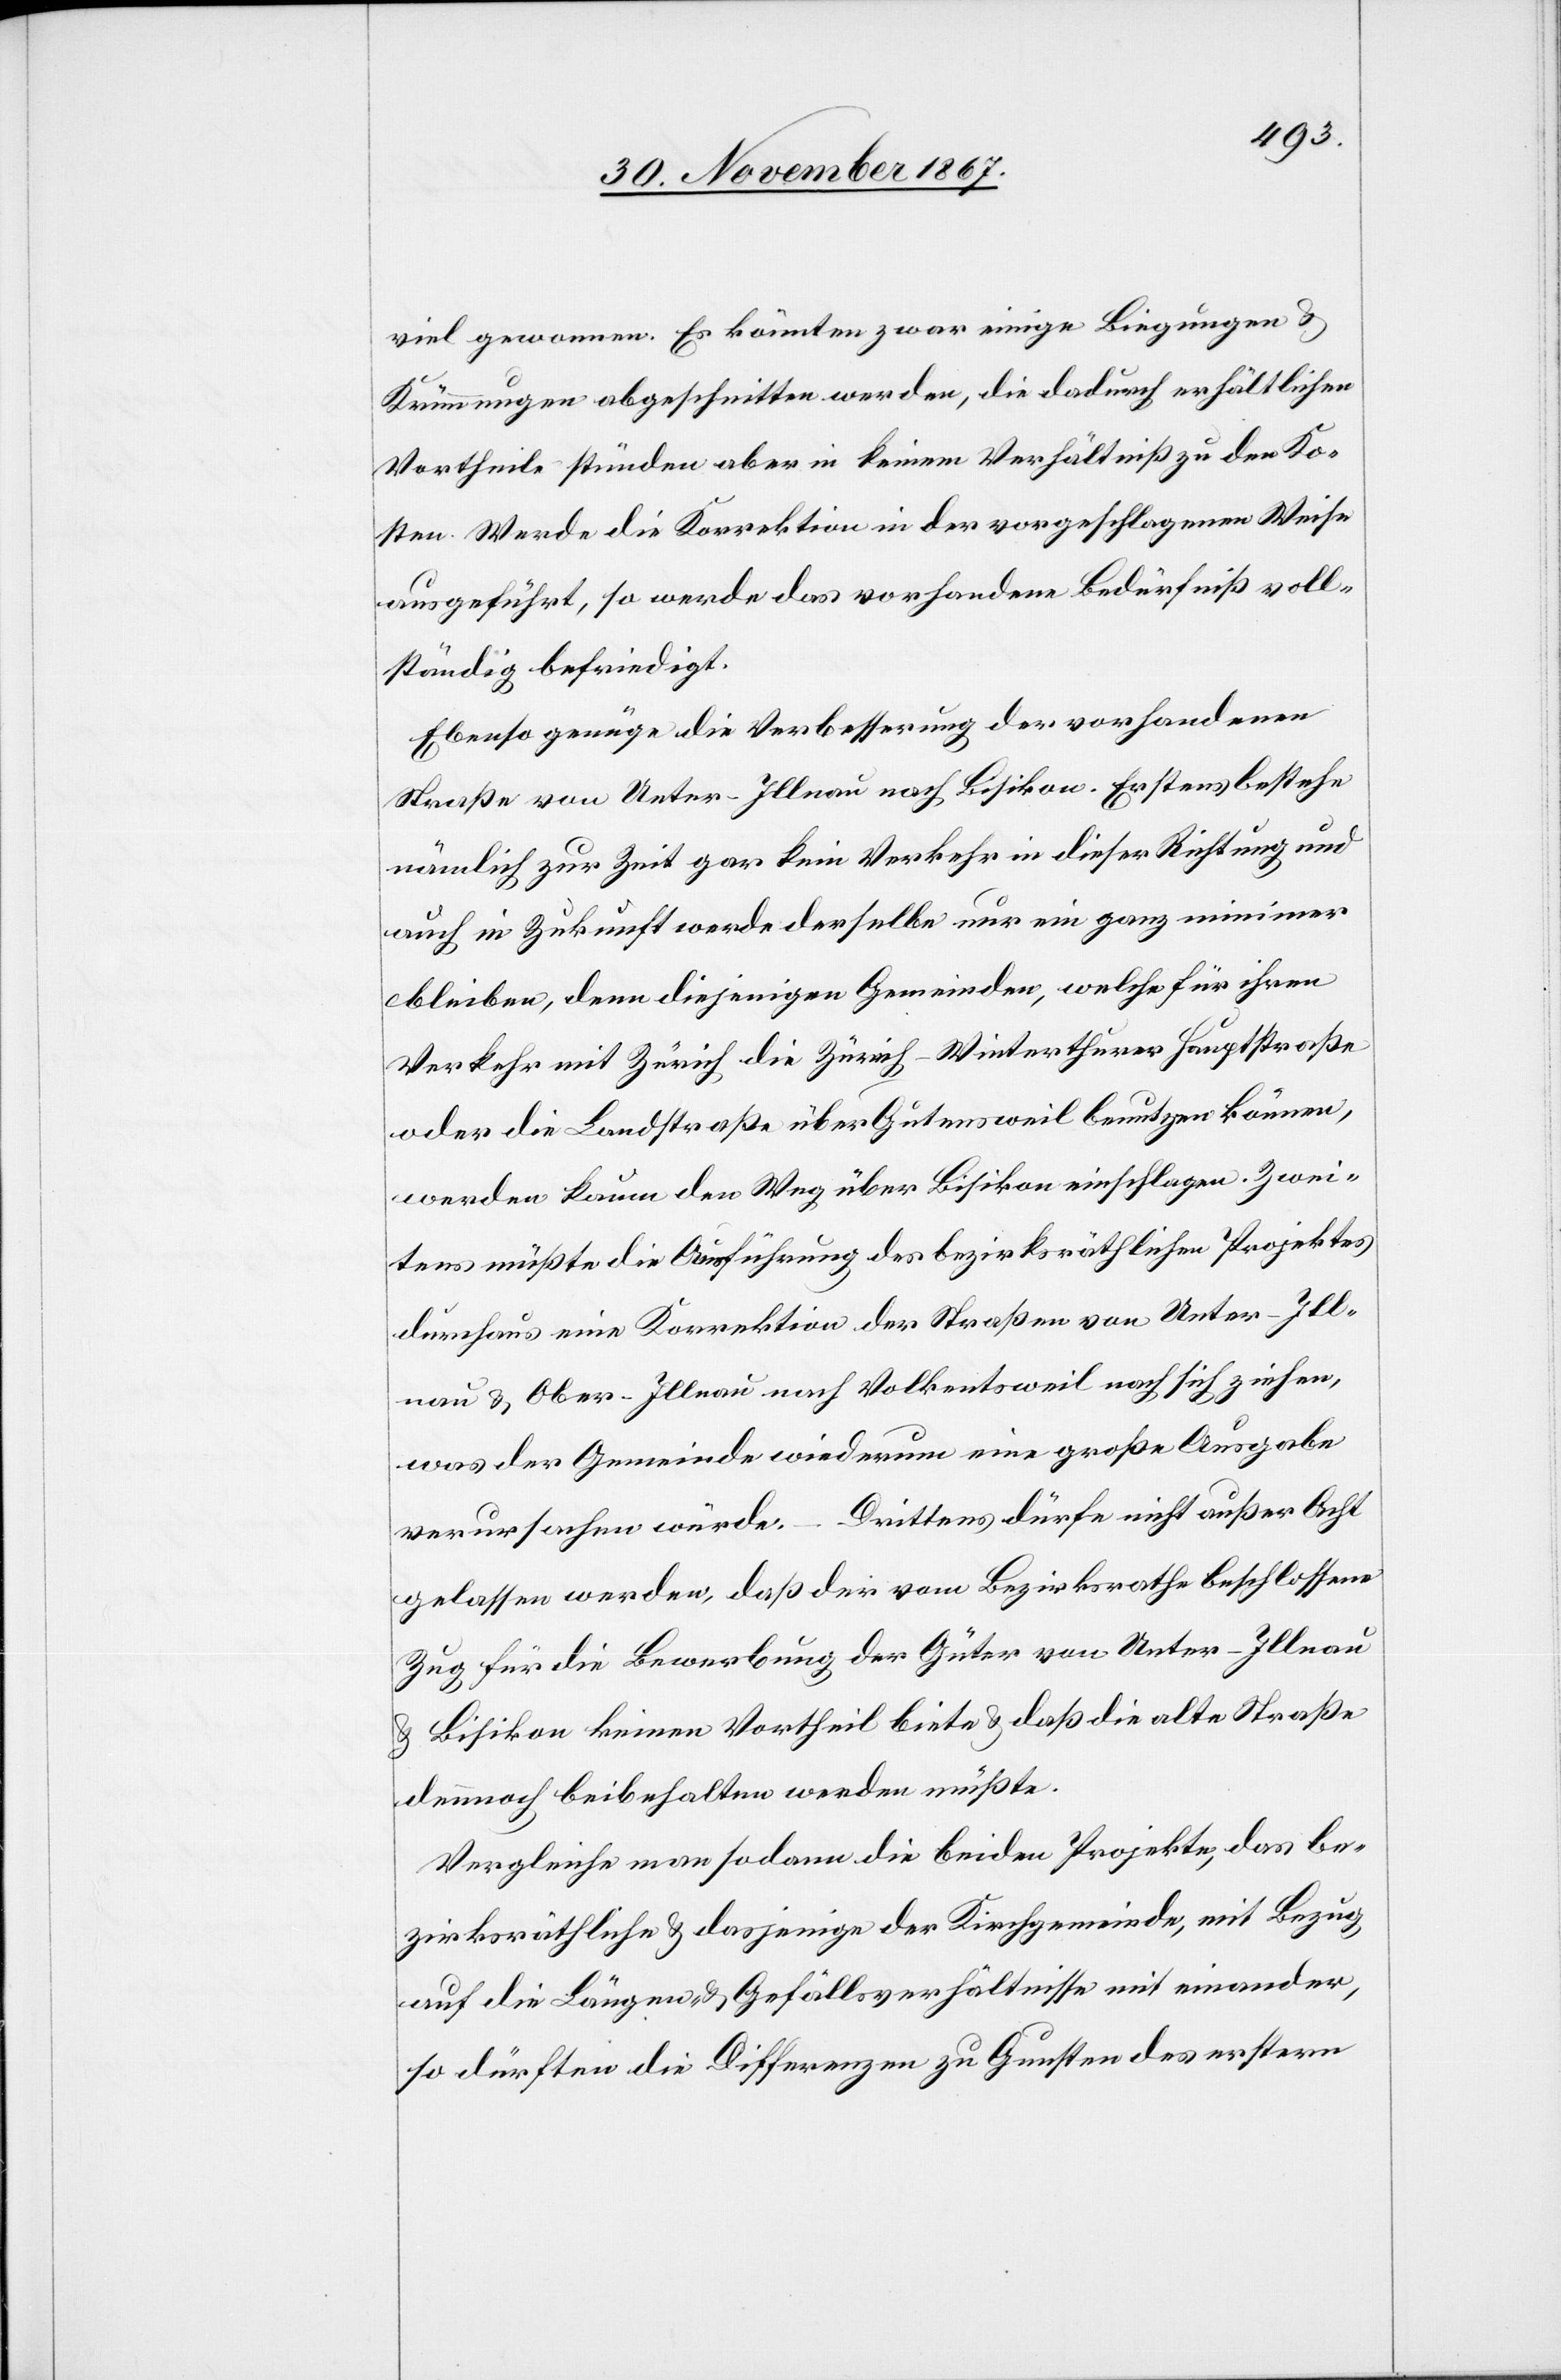
viel gewonnen. Es könnten zwar einige Biegungen u.
Krümmungen abgeschnitten werden, die dadurch erhältlichen
Vortheile stünden aber in keinem Verhältniß zu den Ko¬
sten. Werde die Korrektion in der vorgeschlagenen Weise
ausgeführt, so werde das vorhandene Bedürfniß voll¬
ständig befriedigt.
Ebenso genüge die Verbesserung der vorhandenen
Straße von Unter-Illnau nach Bisikon. Erstens bestehe
nämlich zur Zeit gar kein Verkehr in dieser Richtung und
auch in Zukunft werde derselbe nur ein ganz minimer
bleiben, denn diejenigen Gemeinden, welche für ihren
Verkehr mit Zürich die Zürich–Winterthurer Hauptstraße
oder die Landstraße über Gutensweil benutzen können,
werden kaum den Weg über Bisikon einschlagen. Zwei¬
tens müßte die Ausführung des bezirksräthlichen Projektes
durchaus eine Korrektion der Straßen von Unter-Ill¬
nau u. Ober-Illnau nach Volkentsweil nach sich ziehen,
was der Gemeinde wiederum eine große Ausgabe
verursachen würde. – Drittens dürfe nicht außer Acht
gelassen werden, daß der vom Bezirksrathe beschlossene
Zug für die Bewerbung der Güter von Unter-Illnau
u. Bisikon keinen Vortheil biete u. daß die alte Straße
dennoch beibehalten werden müßte.
Vergleiche man sodann die beiden Projekte, das be¬
zirksräthliche und dasjenige der Kirchgemeinde, mit Bezug
auf die Längen- u. Gefällsverhältnisse mit einander,
so dürften die Differenzen zu Gunsten des erstern